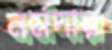
নর্মদার